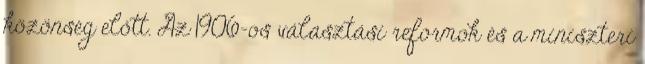
közönség előtt. Az 1906-os választási reformok és a miniszteri